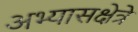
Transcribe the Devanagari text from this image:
अभ्यासक्षेत्रे